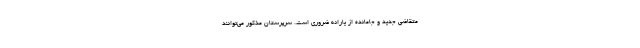
متقاضی جدید و جامانده از یارانه ضروری است. سرپرستان مذکور می‌توانند